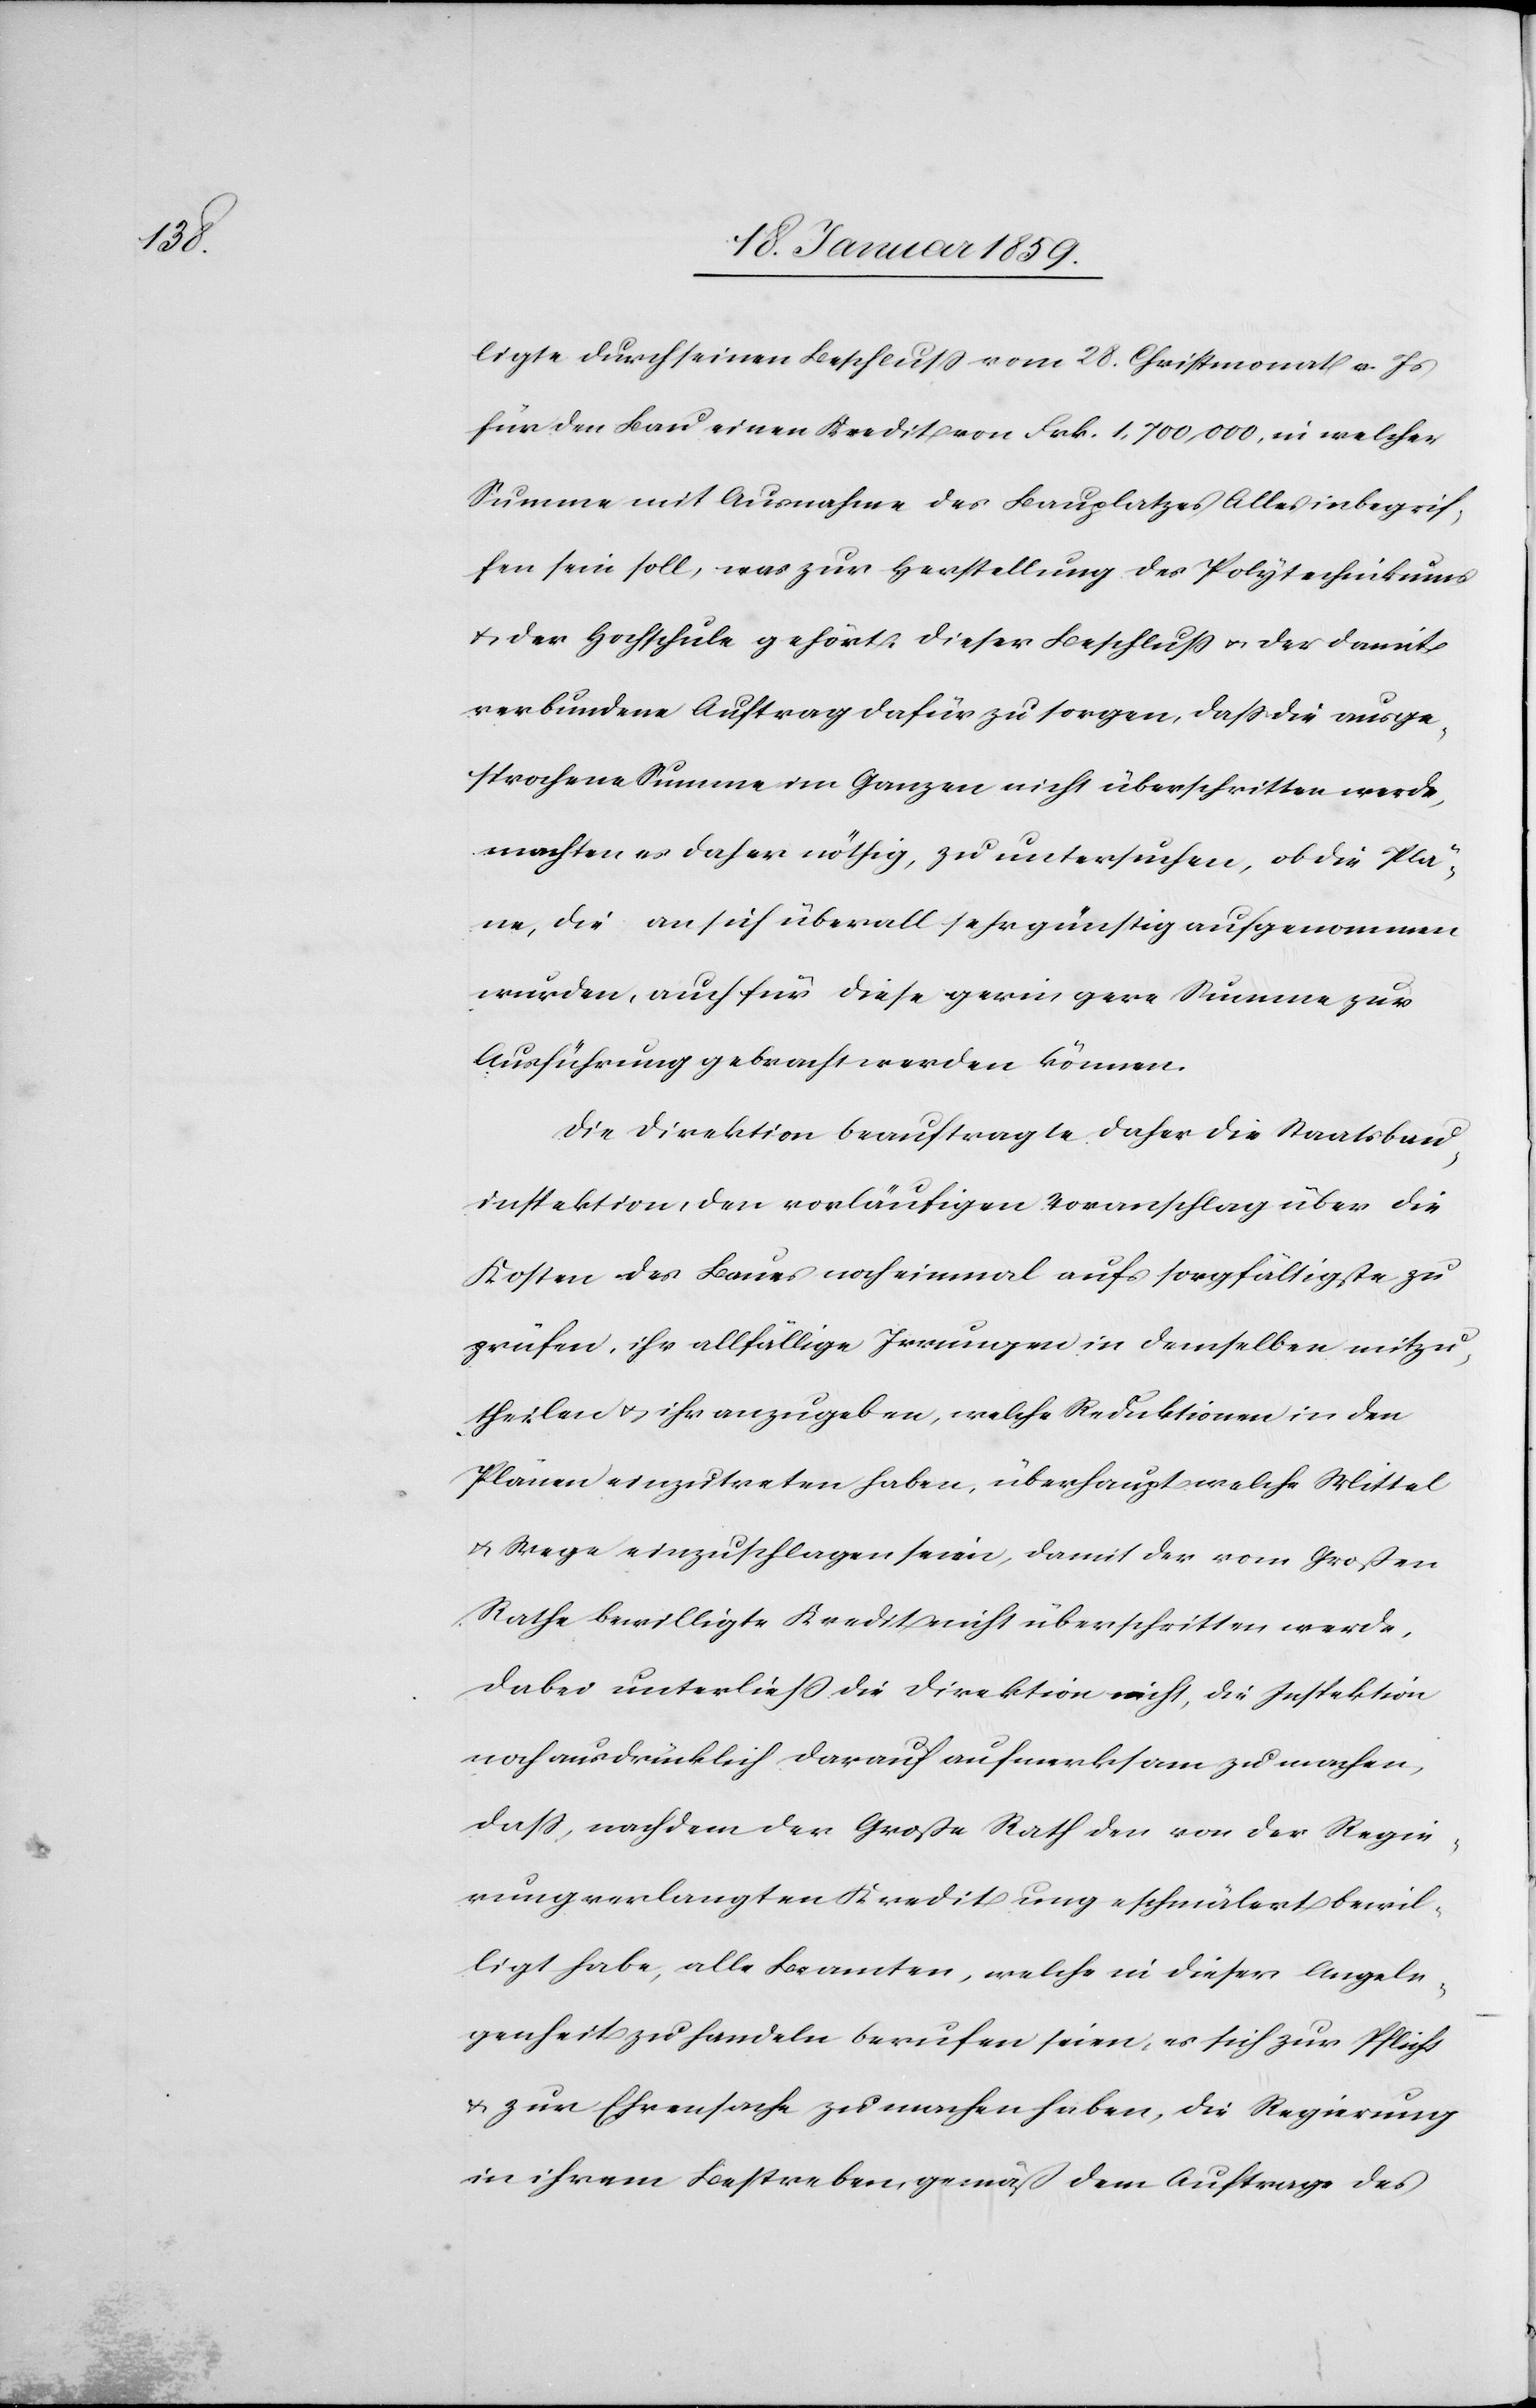
ligte durch seinen Beschluß von 28. Christmonat v. Js
für den Bau einen Kredit von Frk. 1,700,000, in welcher
Summe mit Ausnahme des Bauplatzes Alles inbegrif¬
fen sein soll, was zur Herstellung des Polytechnikums
u. der Hochschule gehört. Dieser Beschluß u. der damit
verbundene Auftrag dafür zu sorgen, daß die ausge¬
sprochene Summe im Ganzen nicht überschritten werde,
machten es daher nöthig, zu untersuchen, ob die Plä¬
ne, die an sich überall sehr günstig aufgenommen
wurden, auch für diese geringere Summe zur
Ausführung gebracht werden können.
Die Direktion beauftragte daher die Staatsbau¬
inspektion, den vorläufigen Voranschlag über die
Kosten des Baues noch einmal aufs sorgfältigste zu
prüfen, ihr allfällige Irrungen in denselben mitzu¬
theilen u. ihr anzugeben, welche Reduktionen in den
Plänen einzutreten haben, überhaupt welche Mittel
u. Wege einzuschlagen seien, damit der vom Großen
Rathe bewilligte Kredit nicht überschritten werde,
dabei unterließ die Direktion nicht, die Inspektion
noch ausdrücklich darauf aufmerksam zu machen,
daß, nachdem der Große Rath den von der Regie¬
rung verlangten Kredit ungeschmälert bewil¬
ligt habe, alle Beamten, welche in dieser Angele¬
genheit zu handeln berufen seien, es sich zur Pflicht
u. zur Ehrensache zu machen haben, die Regierung
in ihrem Bestreben, gemäß dem Auftrag des